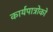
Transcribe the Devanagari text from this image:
कार्यपात्रोको